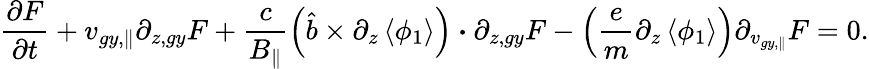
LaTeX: \frac{\partial F}{\partial t}+{v}_{gy,\parallel}\partial_{z,gy}F+\frac{c}{B_{\parallel}}\left(\hat{b}\times\partial_{z}\left<\phi_{1}\right>\right)\boldsymbol{\cdot}\partial_{z,gy}F-\left(\frac{e}{m}\partial_{z}\left<\phi_{1}\right>\right)\partial_{v_{gy,\parallel}}F=0.